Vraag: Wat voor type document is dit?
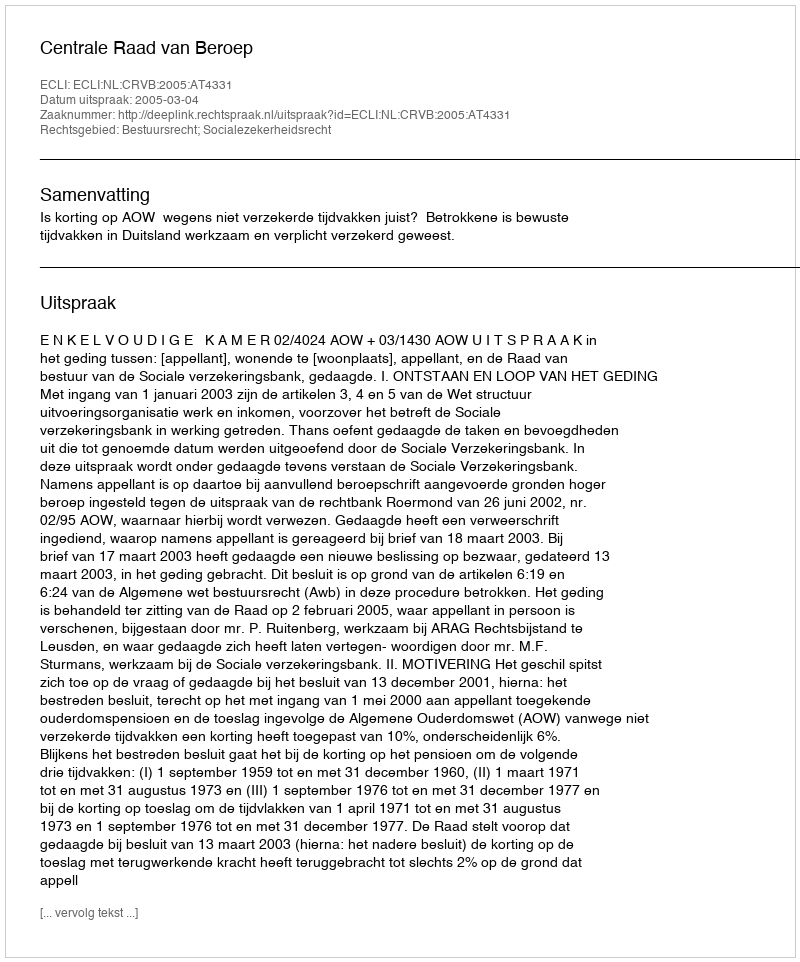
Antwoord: Uitspraak